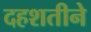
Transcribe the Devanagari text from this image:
दहशतीने